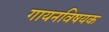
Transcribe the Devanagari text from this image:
गायनविषयक